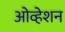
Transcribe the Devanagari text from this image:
ओव्हेशन